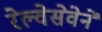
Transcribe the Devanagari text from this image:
रेल्वेसेवेने